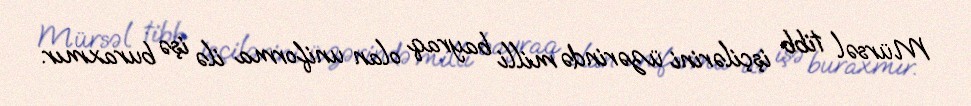
Mürsəl tibb işçilərini üzərində milli bayraq olan uniforma ilə işə buraxmır.